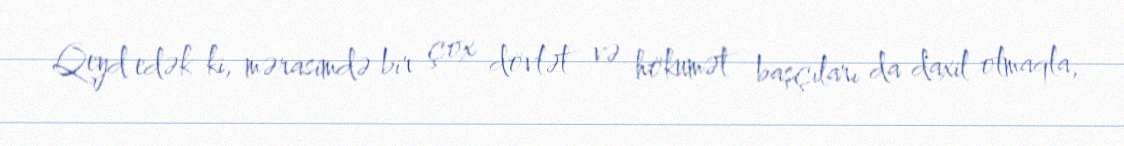
Qeyd edək ki, mərasimdə bir çox dövlət və hökumət başçıları da daxil olmaqla,